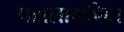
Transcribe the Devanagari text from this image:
पावलागणित